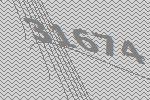
31674